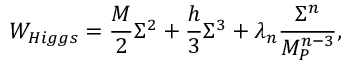
W _ { H i g g s } = { \frac { M } { 2 } } \Sigma ^ { 2 } + { \frac { h } { 3 } } \Sigma ^ { 3 } + \lambda _ { n } { \frac { \Sigma ^ { n } } { M _ { P } ^ { n - 3 } } } ,